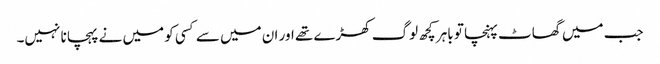
جب میں گھاٹ پہنچا تو باہر کچھ لوگ کھڑے تھے اور ان میں سے کسی کو میں نے پہچانا نہیں۔